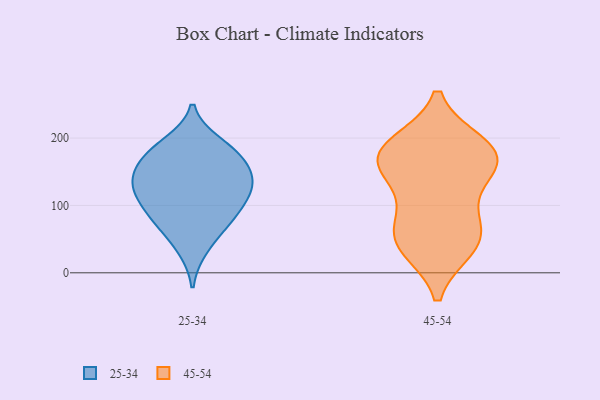
{"axis": {"x": "Humidity (%)", "y": "Value"}, "legend": ["25-34", "45-54"], "data": [{"x": "", "y": 115, "type": "25-34"}, {"x": "", "y": 77, "type": "25-34"}, {"x": "", "y": 132, "type": "25-34"}, {"x": "", "y": 89, "type": "25-34"}, {"x": "", "y": 167, "type": "25-34"}, {"x": "", "y": 129, "type": "25-34"}, {"x": "", "y": 146, "type": "25-34"}, {"x": "", "y": 140, "type": "25-34"}, {"x": "", "y": 71, "type": "25-34"}, {"x": "", "y": 36, "type": "25-34"}, {"x": "", "y": 192, "type": "25-34"}, {"x": "", "y": 173, "type": "25-34"}, {"x": "", "y": 108, "type": "25-34"}, {"x": "", "y": 183, "type": "25-34"}, {"x": "", "y": 171, "type": "45-54"}, {"x": "", "y": 159, "type": "45-54"}, {"x": "", "y": 55, "type": "45-54"}, {"x": "", "y": 181, "type": "45-54"}, {"x": "", "y": 43, "type": "45-54"}, {"x": "", "y": 64, "type": "45-54"}, {"x": "", "y": 189, "type": "45-54"}, {"x": "", "y": 178, "type": "45-54"}, {"x": "", "y": 107, "type": "45-54"}, {"x": "", "y": 155, "type": "45-54"}, {"x": "", "y": 39, "type": "45-54"}]}